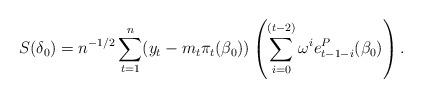
LaTeX: \begin{align*}S(\delta_0)= n^{-1/2}\sum_{t=1}^n (y_t - m_t\pi_{t}(\beta_0)) \left(\sum_{i=0}^{(t-2)} \omega^{i}e_{t-1-i}^P(\beta_0)\right).\end{align*}